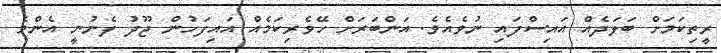
ރީތިކަމަށް ބަލަދެއް އައިސްފައި ނުވެއެވެ. އަންބަރަށް ހޭވެރިކަމެއް އައިފަހުން ޖޫދު ފެނުނީ އެންމެ